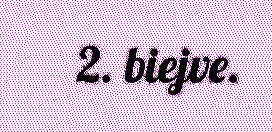
2. biejve.